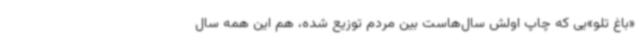
«باغ تلو»یی که چاپ اولش سال‌هاست بین مردم توزیع شده، هم این همه سال